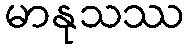
မာနုသဿ